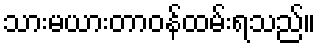
သားမယားတာဝန်ထမ်းရသည်။